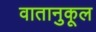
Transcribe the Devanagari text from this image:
वातानुकूल